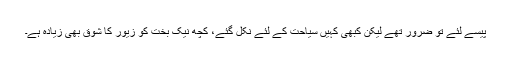
پیسے لئے تو ضرور تھے لیکن کبھی کہیں سیاحت کے لئے نکل گئے، کچھ نیک بخت کو زیور کا شوق بھی زیادہ ہے۔